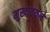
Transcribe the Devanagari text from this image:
मुखावयले